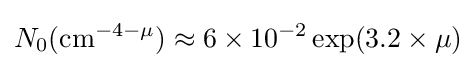
N_{0}\mathrm {(cm^{-4-\mu })} \approx 6\times 10^{-2}\exp(3.2\times \mu )